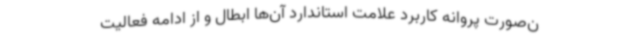
ن‌صورت پروانه کاربرد علامت استاندارد آن‌ها ابطال و از ادامه فعالیت